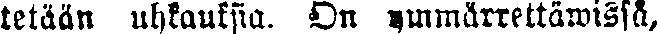
tetään uhkauksia. On ymmärrettäwissä,